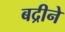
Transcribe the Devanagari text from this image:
बद्रीने